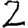
Digit: 2